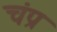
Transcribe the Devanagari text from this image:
चंप्र